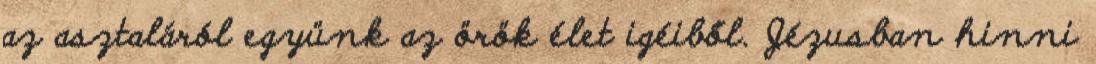
az asztaláról együnk az örök élet igéiből. Jézusban hinni